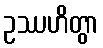
ဥဿဟိတွာ